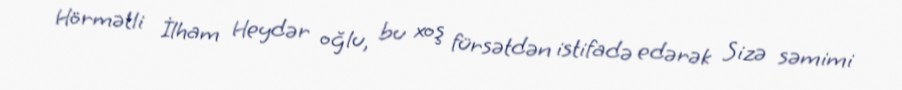
Hörmətli İlham Heydər oğlu, bu xoş fürsətdən istifadə edərək Sizə səmimi